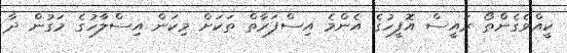
ކީއްވެގެންތޯ ރައީސް އޮފީހުގެ އެންމެ އިސްފަރާތް ތަކަށް މިކަން އިސްލާހުގެ މަގުން ދާ